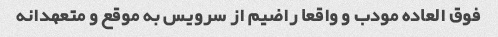
فوق العاده مودب و واقعا راضیم از سرویس به موقع و متعهدانه